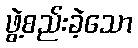
ဖွဲ့စည်းခဲ့သော